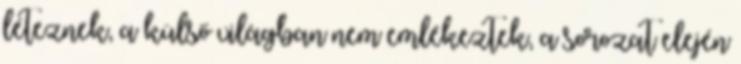
léteznek, a külső világban nem emlékeztek, a sorozat elején